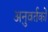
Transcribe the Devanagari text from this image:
अनुवर्तकों